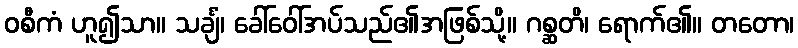
ဝစီကံ ဟူ၍သာ။ သင်္ချံ၊ ခေါ်ဝေါ်အပ်သည်၏အဖြစ်သို့။ ဂစ္ဆတိ၊ ရောက်၏။ တတော၊